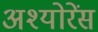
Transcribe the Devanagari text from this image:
अश्योरेंस